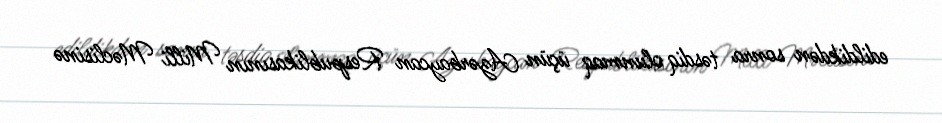
edildikdən sonra təsdiq olunmaq üçün Azərbaycan Respublikasının Milli Məclisinə